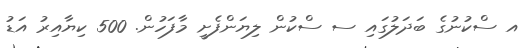
އ ސްކުނުގެ ބަދަލުގައި ސ ސްކުން ލިޔަންފެށީ މާފަހުން. 500 ކިޔާއިރު އަޑު